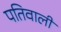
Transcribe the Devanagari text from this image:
पतिवाली